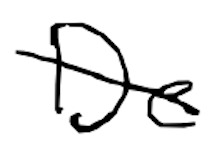
Text: De
Cross-out: diagonal
Writing tool: digital_black